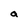
Character: a